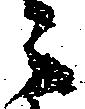
々